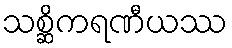
သစ္ဆိကရဏီယဿ